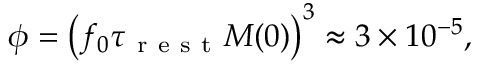
\begin{array} { r } { \phi = \left( f _ { 0 } \tau _ { \mathrm { ~ r ~ e ~ s ~ t ~ } } M ( 0 ) \right) ^ { 3 } \approx 3 \times 1 0 ^ { - 5 } , } \end{array}